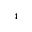
^ 4